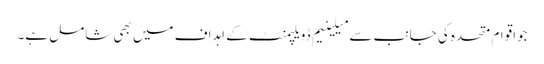
جواقوام متحدہ کی جانب سے میلینیم ڈویلپمنٹ کے اہداف میں بھی شامل ہے۔